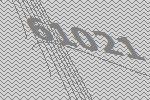
61021